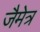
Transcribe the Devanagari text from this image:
जैमेत्र